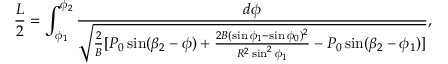
\frac { L } { 2 } = \int _ { \phi _ { 1 } } ^ { \phi _ { 2 } } \frac { d \phi } { \sqrt { \frac { 2 } { B } [ P _ { 0 } \sin ( \beta _ { 2 } - \phi ) + \frac { 2 B ( \sin \phi _ { 1 } - \sin \phi _ { 0 } ) ^ { 2 } } { R ^ { 2 } \sin ^ { 2 } \phi _ { 1 } } - P _ { 0 } \sin ( \beta _ { 2 } - \phi _ { 1 } ) ] } } ,